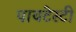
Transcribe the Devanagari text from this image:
पायटेस्टी